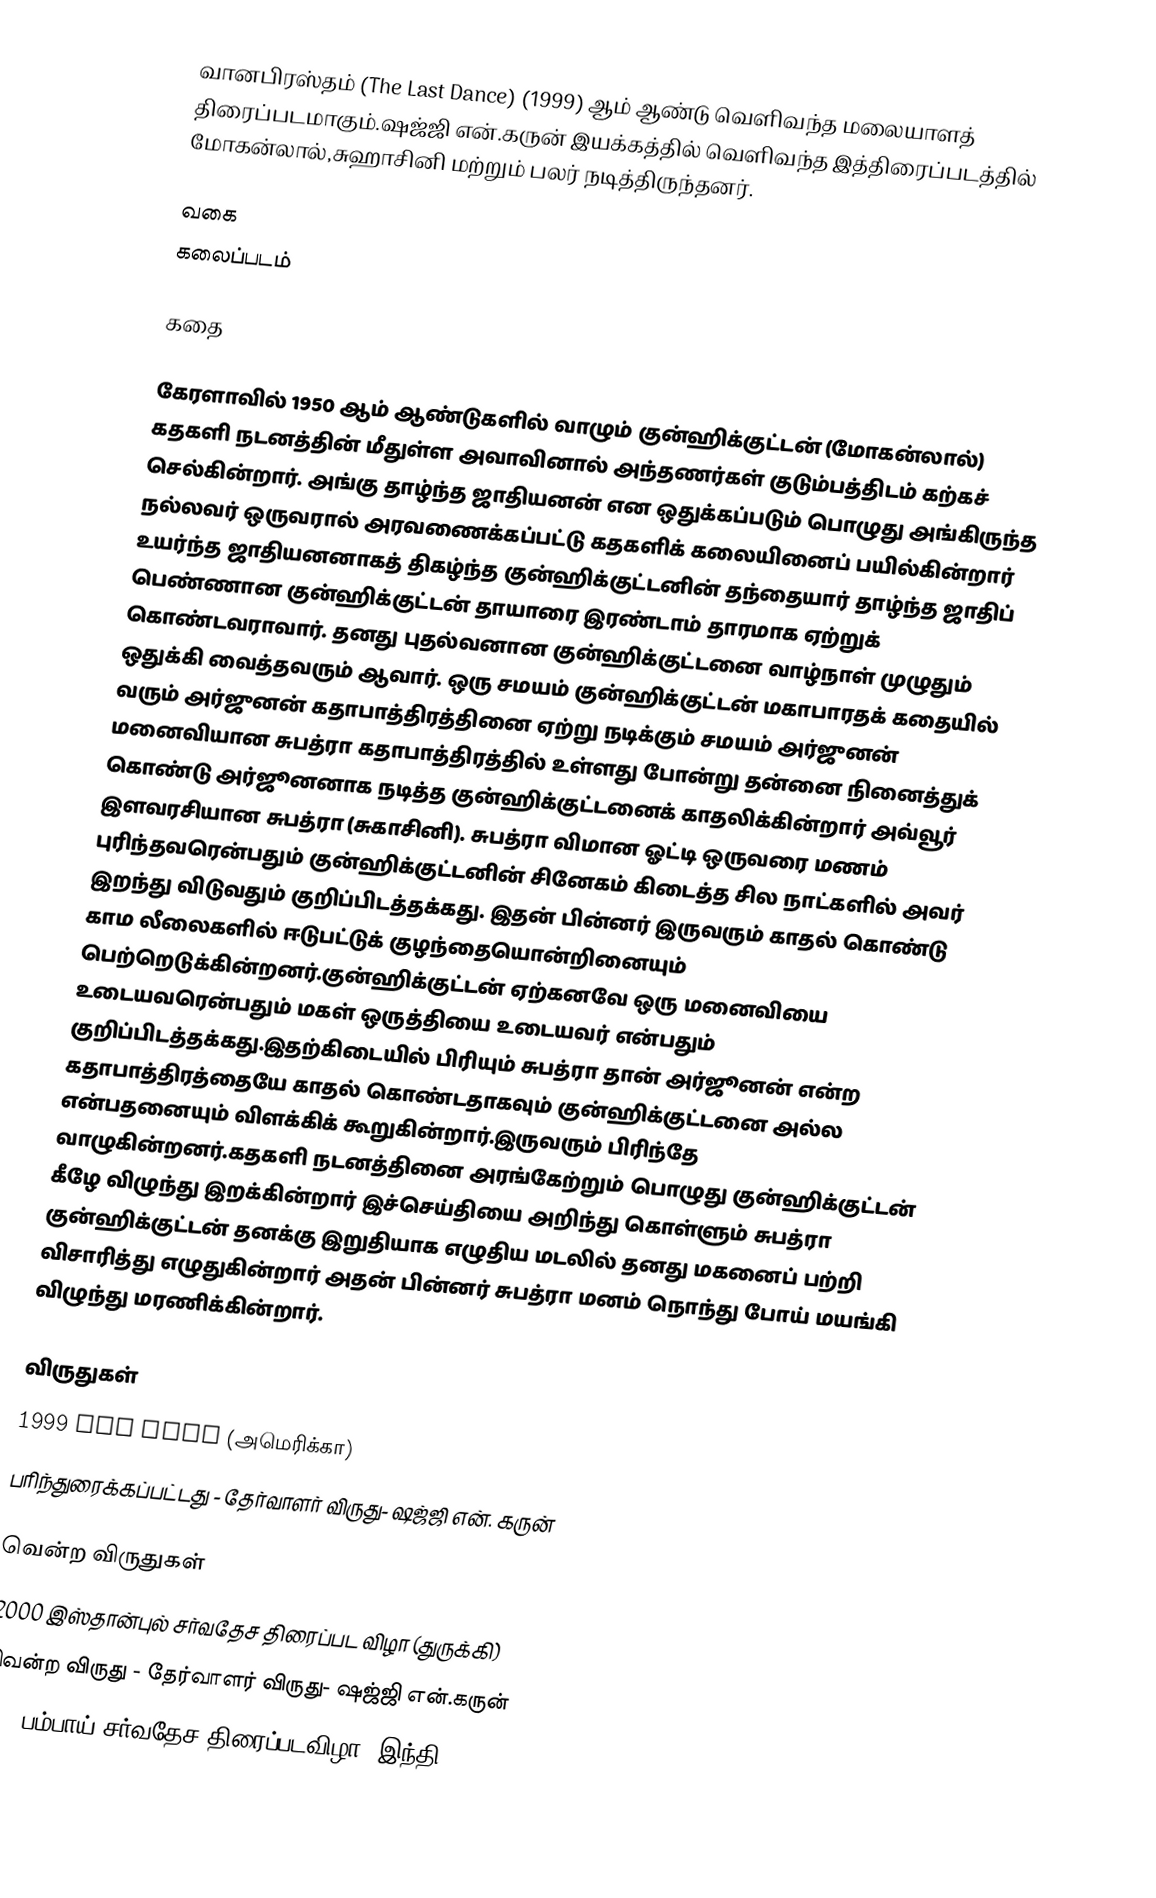
வானபிரஸ்தம் (The Last Dance) (1999)  ஆம் ஆண்டு வெளிவந்த மலையாளத் திரைப்படமாகும்.ஷஜ்ஜி என்.கருன் இயக்கத்தில் வெளிவந்த இத்திரைப்படத்தில் மோகன்லால்,சுஹாசினி மற்றும் பலர் நடித்திருந்தனர்.

வகை
கலைப்படம்

கதை

கேரளாவில் 1950 ஆம் ஆண்டுகளில் வாழும் குன்ஹிக்குட்டன் (மோகன்லால்) கதகளி நடனத்தின் மீதுள்ள அவாவினால் அந்தணர்கள் குடும்பத்திடம் கற்கச் செல்கின்றார். அங்கு தாழ்ந்த ஜாதியனன் என ஒதுக்கப்படும் பொழுது அங்கிருந்த நல்லவர் ஒருவரால் அரவணைக்கப்பட்டு கதகளிக் கலையினைப் பயில்கின்றார் உயர்ந்த ஜாதியனனாகத் திகழ்ந்த குன்ஹிக்குட்டனின் தந்தையார் தாழ்ந்த ஜாதிப் பெண்ணான குன்ஹிக்குட்டன் தாயாரை இரண்டாம் தாரமாக ஏற்றுக் கொண்டவராவார். தனது புதல்வனான குன்ஹிக்குட்டனை வாழ்நாள் முழுதும் ஒதுக்கி வைத்தவரும் ஆவார். ஒரு சமயம் குன்ஹிக்குட்டன் மகாபாரதக் கதையில் வரும் அர்ஜுனன் கதாபாத்திரத்தினை ஏற்று நடிக்கும் சமயம் அர்ஜுனன் மனைவியான சுபத்ரா கதாபாத்திரத்தில் உள்ளது போன்று தன்னை நினைத்துக் கொண்டு அர்ஜூனனாக நடித்த குன்ஹிக்குட்டனைக் காதலிக்கின்றார் அவ்வூர் இளவரசியான சுபத்ரா (சுகாசினி). சுபத்ரா விமான ஓட்டி ஒருவரை மணம் புரிந்தவரென்பதும் குன்ஹிக்குட்டனின் சினேகம் கிடைத்த சில நாட்களில் அவர் இறந்து விடுவதும் குறிப்பிடத்தக்கது. இதன் பின்னர் இருவரும் காதல் கொண்டு காம லீலைகளில் ஈடுபட்டுக் குழந்தையொன்றினையும் பெற்றெடுக்கின்றனர்.குன்ஹிக்குட்டன் ஏற்கனவே ஒரு மனைவியை உடையவரென்பதும் மகள் ஒருத்தியை உடையவர் என்பதும் குறிப்பிடத்தக்கது.இதற்கிடையில் பிரியும் சுபத்ரா தான் அர்ஜூனன் என்ற கதாபாத்திரத்தையே காதல் கொண்டதாகவும் குன்ஹிக்குட்டனை அல்ல என்பதனையும் விளக்கிக் கூறுகின்றார்.இருவரும் பிரிந்தே வாழுகின்றனர்.கதகளி நடனத்தினை அரங்கேற்றும் பொழுது குன்ஹிக்குட்டன் கீழே விழுந்து இறக்கின்றார் இச்செய்தியை அறிந்து கொள்ளும் சுபத்ரா குன்ஹிக்குட்டன் தனக்கு இறுதியாக எழுதிய மடலில் தனது மகனைப் பற்றி விசாரித்து எழுதுகின்றார் அதன் பின்னர் சுபத்ரா மனம் நொந்து போய் மயங்கி விழுந்து மரணிக்கின்றார்.

விருதுகள்
1999 AFI Fest (அமெரிக்கா)
 பரிந்துரைக்கப்பட்டது - தேர்வாளர் விருது- ஷஜ்ஜி என். கருன்

வென்ற விருதுகள்
2000 இஸ்தான்புல் சர்வதேச திரைப்பட விழா (துருக்கி)
 வென்ற விருது - தேர்வாளர் விருது- ஷஜ்ஜி என்.கருன்
2000 பம்பாய் சர்வதேச திரைப்படவிழா (இந்தி